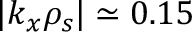
| k _ { x } \rho _ { s } | \simeq 0 . 1 5